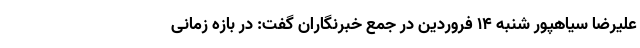
علیرضا سیاهپور شنبه ۱۴ فروردین در جمع خبرنگاران گفت: در بازه زمانی